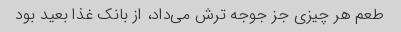
طعم هر چیزی جز جوجه ترش می‌داد، از بانک غذا بعید بود